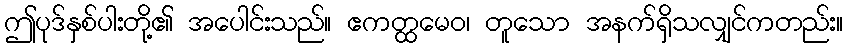
ဤပုဒ်နှစ်ပါးတို့၏ အပေါင်းသည်။ ဧကတ္ထမေဝ၊ တူသော အနက်ရှိသလျှင်ကတည်း။